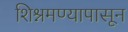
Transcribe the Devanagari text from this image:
शिश्नमण्यापासून